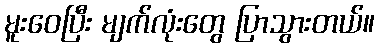
မူးဝေပြီး မျက်လုံးတွေ ပြာသွားတယ်။